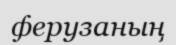
ферузаның